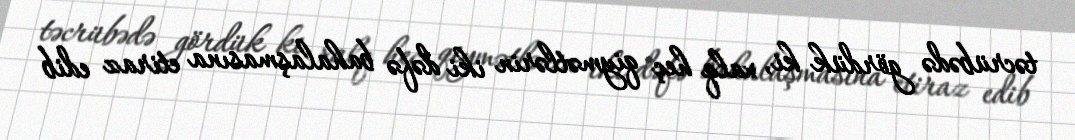
təcrübədə gördük ki, xalq heç qiymətlərin iki dəfə bahalaşmasına etiraz edib